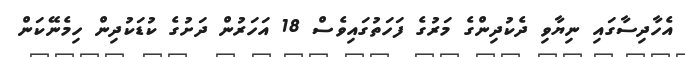
އެހާދިސާގައި ނިޔާވި ދެކުދިންގެ މަރުގެ ފަހަތުގައިވެސް 18 އަހަރުން ދަށުގެ ކުޑަކުދިން ހިމެނޭކަން